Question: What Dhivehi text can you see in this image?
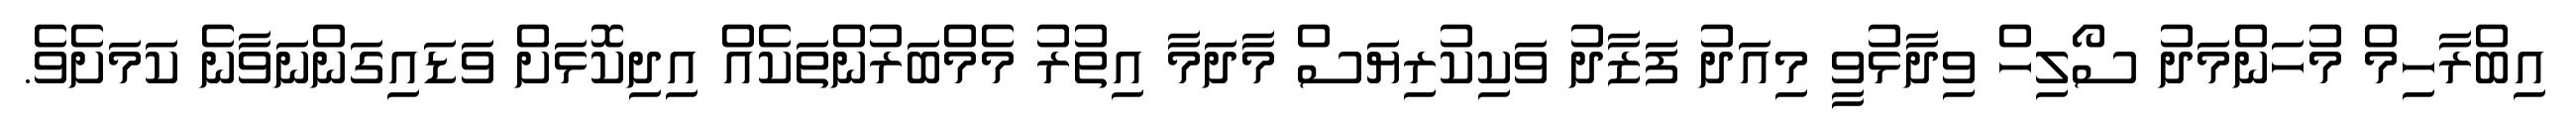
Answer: އިބްރާހިމް މުހަންމަދު ސޯލިހް ވިދާޅުވީ މިއަދު ފަޒާދު ވަކިކުރިޔަސް މާދަމާ އިތުރު މެމްބަރުންތަކެއް އިދިކޮޅަށް ވަޑައިގަންނަވާނެ ކަމަށެވެ.